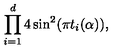
\prod _ { i = 1 } ^ { d } 4 \sin ^ { 2 } ( \pi t _ { i } ( \alpha ) ) ,